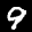
Label: 9